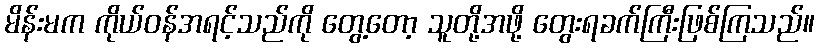
မိန်းမက ကိုယ်ဝန်အရင့်သည်ကို တွေ့တော့ သူတို့အဖို့ တွေးရခက်ကြီးဖြစ်ကြသည်။